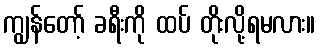
ကျွန်တော့် ခရီးကို ထပ် တိုးလို့ရမလား။